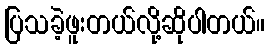
ပြသခဲ့ဖူးတယ်လို့ဆိုပါတယ်။